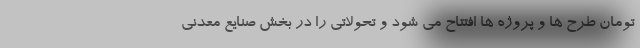
تومان طرح ها و پروژه ها افتتاح می شود و تحولاتی را در بخش صنایع معدنی